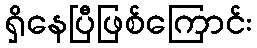
ရှိနေပြီဖြစ်ကြောင်း